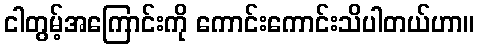
ငါတွမ့်အကြောင်းကို ကောင်းကောင်းသိပါတယ်ဟာ။